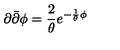
\partial { \bar { \partial } } \phi = \frac { 2 } { \theta } e ^ { - \frac { 1 } { \theta } \phi }